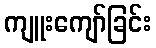
ကျူးကျော်ခြင်း